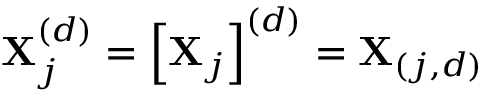
\mathbf { X } _ { j } ^ { ( d ) } = \left[ \mathbf { X } _ { j } \right] ^ { ( d ) } = \mathbf { X } _ { ( j , d ) }